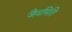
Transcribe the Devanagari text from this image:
जैवमिति